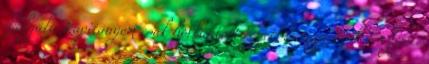
szolgált. Kapitányom csak horkantott egyet, és megcsóválta a fejét.